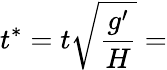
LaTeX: t^{*}=t\sqrt{\frac{g^{\prime}}{H}}=